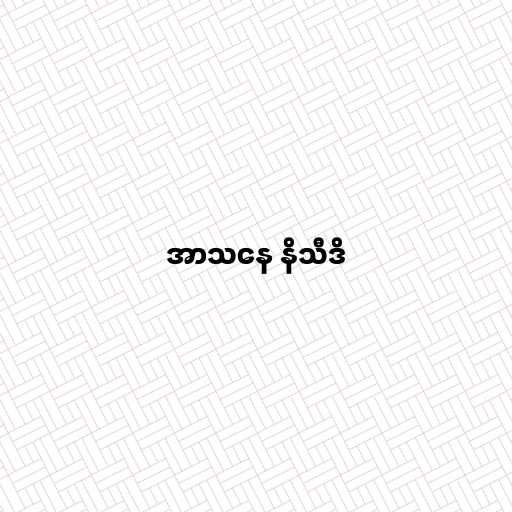
အာသနေ နိသီဒိ